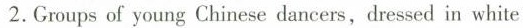
2.Groups of young Chinese dancers,dressed in white